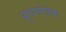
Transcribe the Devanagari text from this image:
ध्रुवसंख्या